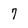
Character: 7